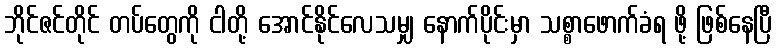
ဘိုင်ဇင်တိုင် တပ်တွေကို ငါတို့ အောင်နိုင်လေသမျှ နောက်ပိုင်းမှာ သစ္စာဖောက်ခံရ ဖို့ ဖြစ်နေပြီ